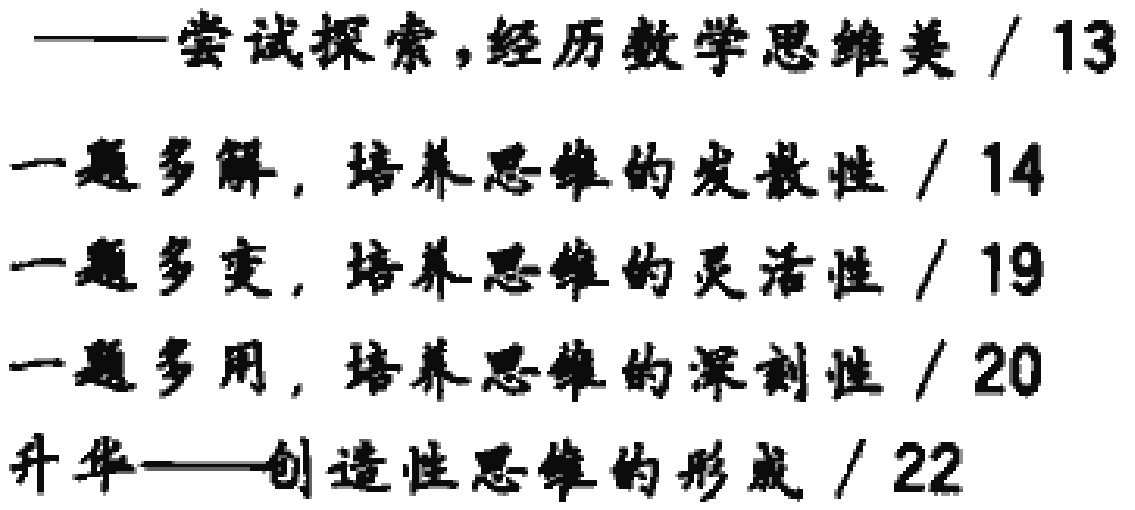
——尝试探索，经历数学思维美 / 13

一题多解，培养思维的发散性 / 14

一题多变，培养思维的灵活性 / 19

一题多用，培养思维的深刻性 / 20

升华——创造性思维的形成 / 22